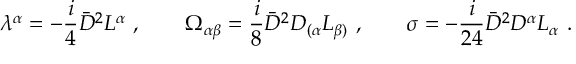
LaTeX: \lambda ^ { \alpha } = - \frac { i } { 4 } { \bar { D } } ^ { 2 } L ^ { \alpha } \ , \qquad \Omega _ { \alpha \beta } = \frac { i } { 8 } { \bar { D } } ^ { 2 } D _ { ( \alpha } L _ { \beta ) } \ , \qquad \sigma = - \frac { i } { 2 4 } { \bar { D } } ^ { 2 } D ^ { \alpha } L _ { \alpha } \ .